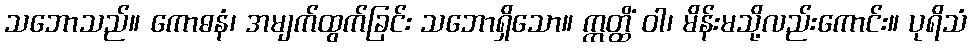
သဘောသည်။ ကောဓနံ၊ အမျက်ထွက်ခြင်း သဘောရှိသော။ ဣတ္ထိံ ဝါ၊ မိန်းမသို့လည်းကောင်း။ ပုရိသံ